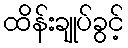
ထိန်းချုပ်ခွင့်